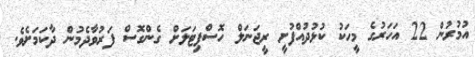
އުމުރުން 22 އަހަރުގެ މީހަކު ކުޅުދުއްފުށީ ރީޖަނަލް ހޮސްޕިޓަލަށް ގެންގޮސް ފަރުވާދެމުން ދާކަަމަށެވެ.